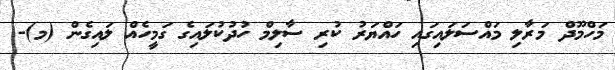
މަހްމޫދް މަރާލި މައްސަލައިގައި ހައްޔަރު ކުރި ސާލިމް ހުދުކުލައިގެ ގަމީހެއް ލައިގެން (މ)-